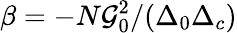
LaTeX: \beta=-N\mathcal{G}_{0}^{2}/(\Delta_{0}\Delta_{c})